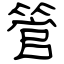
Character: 管